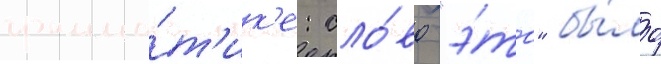
грамма́т'ик'е: сло́во "э́то" бы́ло